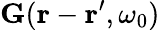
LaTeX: {\mathbf G}({\mathbf r}-{\mathbf r}^{\prime},\omega_{0})